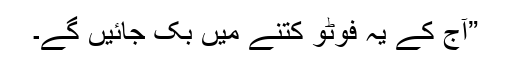
”آج کے یہ فوٹو کتنے میں بک جائیں گے۔